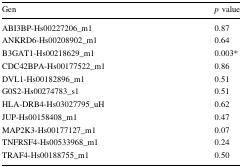
| Gen | p value |
 | --- | --- |
 | ABI3BP-Hs00227206_m1 | 0.87 |
 | ANKRD6-Hs00208902_m1 | 0.64 |
 | B3GAT1-Hs00218629_m1 | 0.003* |
 | CDC42BPA-Hs00177522_m1 | 0.86 |
 | DVL1-Hs00182896_m1 | 0.51 |
 | G0S2-Hs00274783_s1 | 0.51 |
 | HLA-DRB4-Hs03027795_uH | 0.62 |
 | JUP-Hs00158408_m1 | 0.47 |
 | MAP2K3-Hs00177127_m1 | 0.07 |
 | TNFRSF4-Hs00533968_m1 | 0.24 |
 | TRAF4-Hs00188755_m1 | 0.50 |